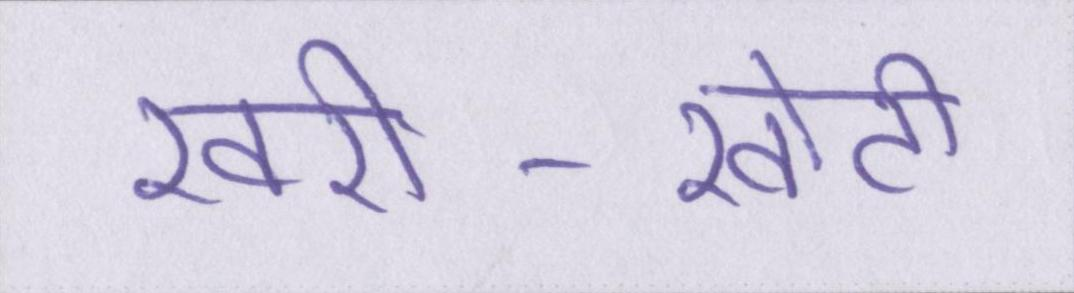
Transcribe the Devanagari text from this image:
खरी-खोटी